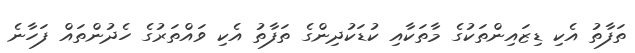
ތަފާތު އެކި ޑިޒައިންތަކުގެ މާތަކާއި ކުޑަކުދިންގެ ތަފާތު އެކި ވައްތަރުގެ ހެދުންތައް ފަހާނެ